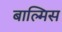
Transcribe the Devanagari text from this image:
बाल्मिस